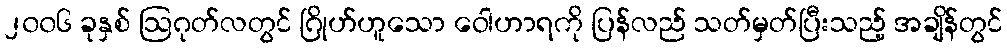
၂၀၀၆ ခုနှစ် ဩဂုတ်လတွင် ဂြိုဟ်ဟူသော ဝေါဟာရကို ပြန်လည် သတ်မှတ်ပြီးသည့် အချိန်တွင်